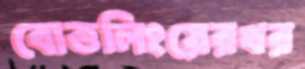
বোত্তলিংয়েরখর